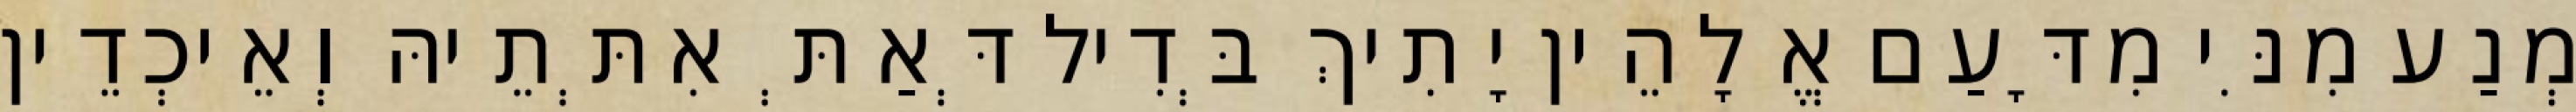
מְנַע מִנִּי מִדָּעַם אֱלָהֵין יָתִיךְ בְּדִיל דְּאַתְּ אִתְּתֵיהּ וְאֵיכְדֵין